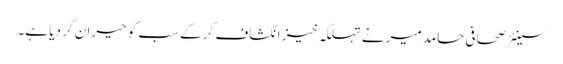
سینئر صحافی حامد میر نے تہلکہ خیز انکشاف کر کے سب کو حیران کر دیا ہے۔